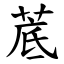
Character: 菧